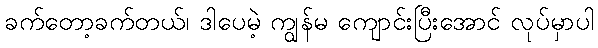
ခက်တော့ခက်တယ်၊ ဒါပေမဲ့ ကျွန်မ ကျောင်းပြီးအောင် လုပ်မှာပါ